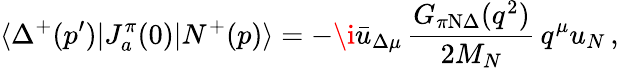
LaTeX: \langle\Delta^{+}(p^{\prime})|J_{a}^{\pi}(0)|N^{+}(p)\rangle=-\i\bar{u}_{\Delta\mu}\, {\frac{G_{\pi\mathrm{N}\Delta}(q^{2})}{2M_{N}}}\, q^{\mu}u_{N}\, ,